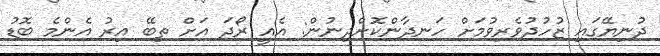
ދުނިޔޭގައި ޒުހުދުވެރިވުމަށް ހަނދާންކޮށްދިނުން: އެއީ ރޯދަ އަށް ތިބޭ އިރު އެންމެ ބޮޑު